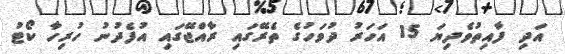
އަދި ފާއިތުވެދިޔަ 15 އަހަރު ދުވަހުގެ ތެރޭގައި ރާއްޖޭގައި އުފެދުނު ހުރިހާ ކޯޓު